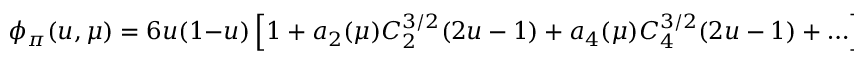
\phi _ { \pi } ( u , \mu ) = 6 u ( 1 - u ) \left[ 1 + a _ { 2 } ( \mu ) C _ { 2 } ^ { 3 / 2 } ( 2 u - 1 ) + a _ { 4 } ( \mu ) C _ { 4 } ^ { 3 / 2 } ( 2 u - 1 ) + \ldots \right] .